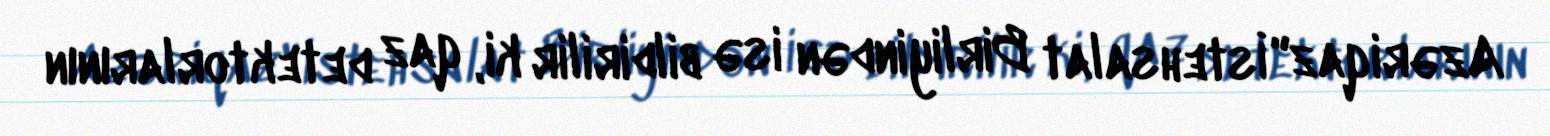
Azəriqaz" İstehsalat Birliyindən isə bildirilir ki, qaz detektorlarının